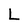
Character: L